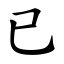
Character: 已